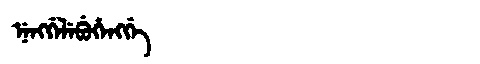
Manchu: ᠨᡝᠩᡤᡝᠯᡝᠪᡠᡥᡝᠩᡤᡝ
Romanization: NENGGELEBUHENGGE